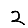
Digit: 2